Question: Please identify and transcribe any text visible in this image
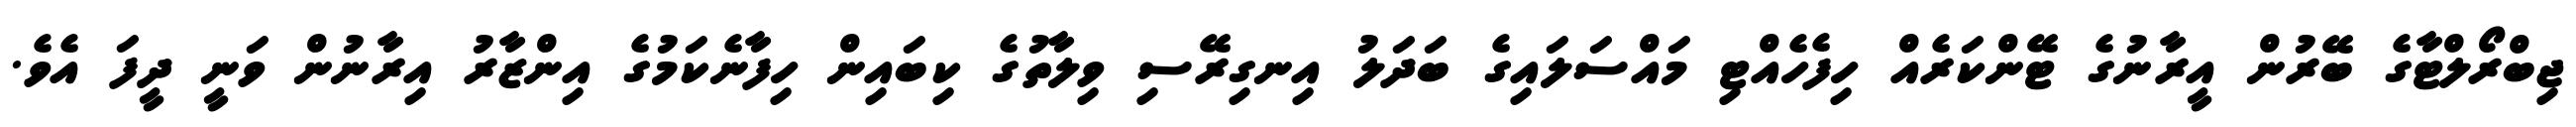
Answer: ޖިބްރޯލްޓާގެ ބޭރުން އީރާނުގެ ޓޭންކަރެއް ހިފެހެއްޓި މައްސަލައިގެ ބަދަލު އިނގިރޭސި ވިލާތުގެ ކިބައިން ހިފާނެކަމުގެ އިންޒާރު އިރާނުން ވަނީ ދީފަ އެވެ.